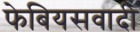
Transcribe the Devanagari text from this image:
फेबियसवादी